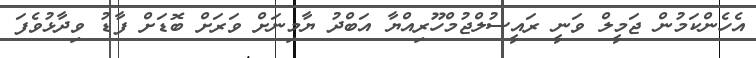
އެހެންކަމުން ޖަމީލް ވަނީ ރައީސުލްޖުމްހޫރިއްޔާ އަބްދު ޔާމިނަށް ވަރަށް ބޮޑަށް ފާޑު ވިދާޅުވެފަ